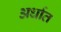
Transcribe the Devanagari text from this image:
अर्धात